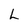
Character: L